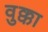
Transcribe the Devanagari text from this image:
वुक्का